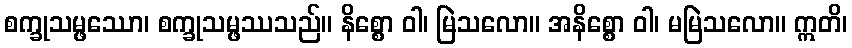
စက္ခုသမ္ဖဿော၊ စက္ခုသမ္ဖဿသည်။ နိစ္စော ဝါ၊ မြဲသလော။ အနိစ္စော ဝါ၊ မမြဲသလော။ ဣတိ၊